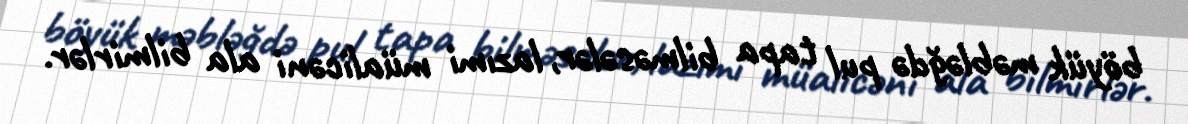
böyük məbləğdə pul tapa bilməsələr, lazımi müalicəni ala bilmirlər.